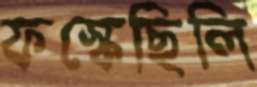
ফস্‌কেছিলি